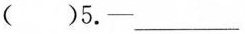
( )5.—___